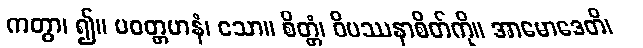
ကတွာ၊ ၍။ ပဝတ္တမာနံ၊ သော။ စိတ္တံ၊ ဝိပဿနာစိတ်ကို။ အာမောဒေတိ၊